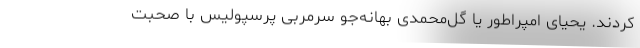
کردند. یحیای امپراطور یا گل‌محمدی بهانه‌جو سرمربی پرسپولیس با صحبت